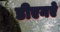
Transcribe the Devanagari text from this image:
डीएनऐ